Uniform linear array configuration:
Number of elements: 24
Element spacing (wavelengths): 0.25
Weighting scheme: uniform
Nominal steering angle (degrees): -60
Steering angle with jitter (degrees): -58.313
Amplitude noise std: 0.05
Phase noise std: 0.05

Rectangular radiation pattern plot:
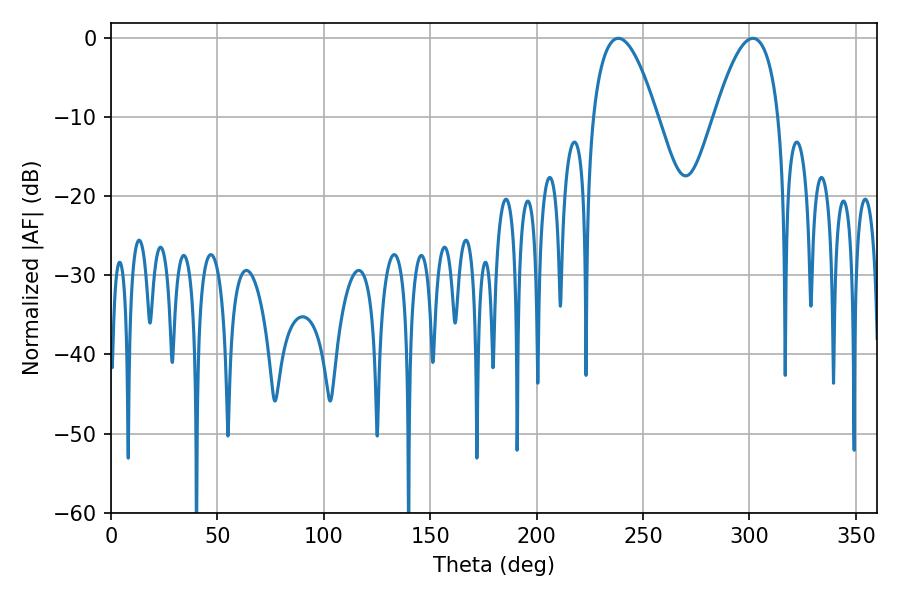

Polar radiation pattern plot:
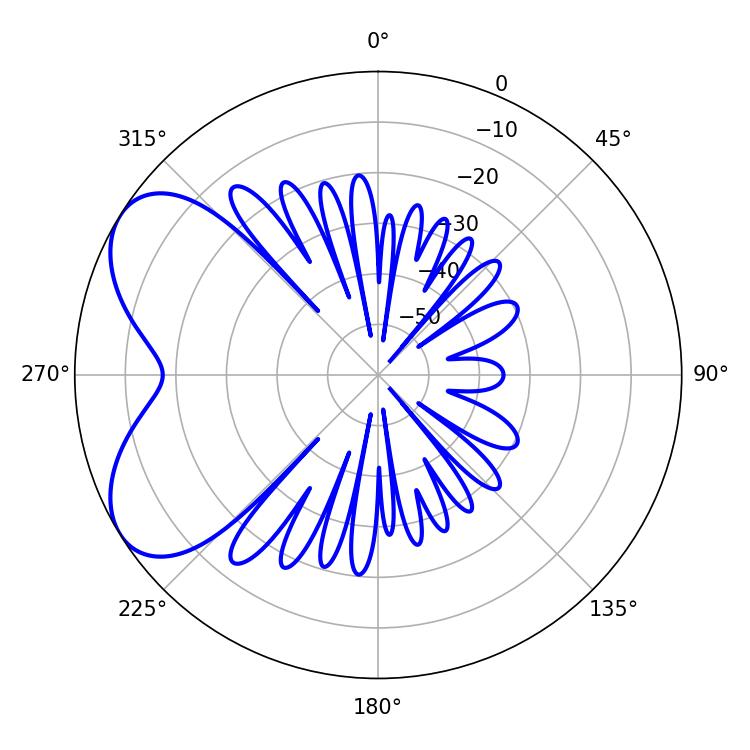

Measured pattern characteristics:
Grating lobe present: FALSE
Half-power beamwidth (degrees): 16.56
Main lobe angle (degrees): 238.32